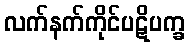
လက်နက်ကိုင်ပဋိပက္ခ